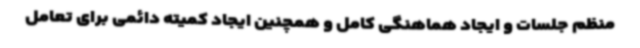
منظم جلسات و ایجاد هماهنگی کامل و همچنین ایجاد کمیته دائمی برای تعامل